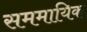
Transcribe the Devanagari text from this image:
सममायिक